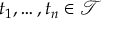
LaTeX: t _ { 1 } , \ldots , t _ { n } \in { \mathcal { T } }